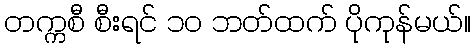
တက္ကစီ စီးရင် ၁၀ ဘတ်ထက် ပိုကုန်မယ်။